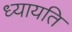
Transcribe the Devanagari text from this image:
ध्यायति